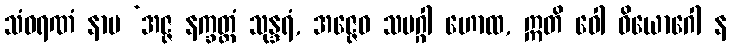
သံဝရဏံ နာမ ‘အဇ္ဇ နက္ခတ္တံ သုန္ဒရံ, အဇ္ဇေဝ သမဂ္ဂါ ဟောထ, ဣတိ ဝေါ ဝိယောဂေါ န